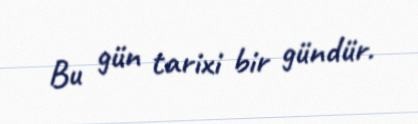
Bu gün tarixi bir gündür.